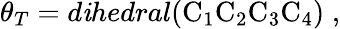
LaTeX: \theta_{T}=d\mathit{i}hedral(\mathrm{{C}}_{1}\mathrm{{C}}_{2}\mathrm{{C}}_{3}\mathrm{{C}}_{4})\; ,